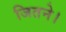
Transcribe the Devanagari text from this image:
जितने।